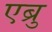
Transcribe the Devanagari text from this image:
एब्रु